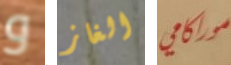
و الغاز موراكامي